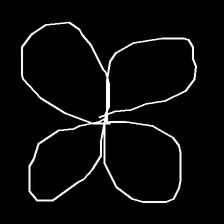
Glyph: billowing